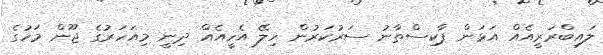
ލައިބްރަރީއެއް އަޅަން ޕާކިސްތާނު ސަރުކަރުން ހިލޭ އެހީއެއް ދިނީ މިއަހަރުގެ ޖޫން މަހުގެ